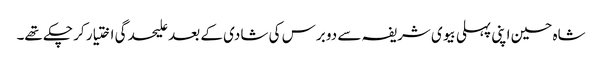
شاہ حسین اپنی پہلی بیوی شریفہ سے دو برس کی شادی کے بعد علیحدگی اختیار کر چکے تھے۔